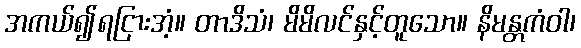
အကယ်၍ရငြားအံ့။ တာဒိသံ၊ မိမိလင်နှင့်တူသော။ နိမန္တကံဝါ၊